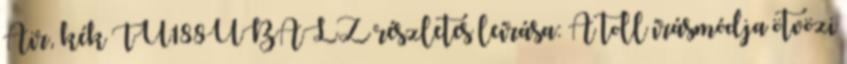
Air, kék TU188UBALZ részletes leírása: A toll írásmódja ötvözi